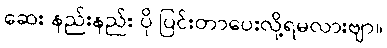
ဆေး နည်းနည်း ပို ပြင်းတာပေးလို့ရမလားဗျာ။